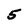
Character: 5